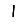
Digit: 1